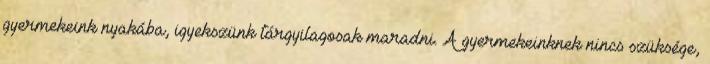
gyermekeink nyakába, igyekszünk tárgyilagosak maradni. A gyermekeinknek nincs szüksége,